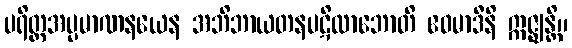
ပရိတ္တအပ္ပမာဏနယေန အဘိဘာယတနပဋိလာဘောတိ ဧဝမာဒီနိ ဣဇ္ဈန္တိ။